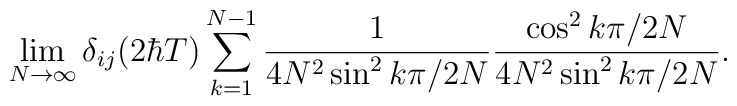
\lim_{N \rightarrow \infty} \delta_{ij} (2 \hbar T)\sum_{k=1}^{N-1} \frac{1}{4N^2 \sin^2 k \pi/2N}\frac{ \cos^2 k \pi/2N }{4N^2 \sin^2 k \pi/2N}.